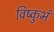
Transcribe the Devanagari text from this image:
विष्कुभं